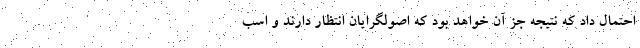
احتمال داد که نتیجه جز آن خواهد بود که اصولگرایان انتظار دارند و اسب